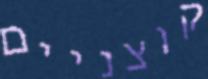
קוצניים